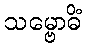
သမ္ဗောဓိံ